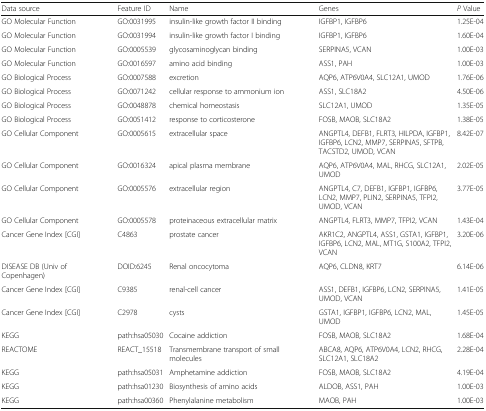
<table><thead><tr><td><b>Data source</b></td><td><b>Feature ID</b></td><td><b>Name</b></td><td><b>Genes</b></td><td><b><i>P</i> Value</b></td></tr></thead><tbody><tr><td>GO Molecular Function</td><td>GO:0031995</td><td>insulin-like growth factor II binding</td><td>IGFBP1, IGFBP6</td><td>1.25E-04</td></tr><tr><td>GO Molecular Function</td><td>GO:0031994</td><td>insulin-like growth factor I binding</td><td>IGFBP1, IGFBP6</td><td>1.60E-04</td></tr><tr><td>GO Molecular Function</td><td>GO:0005539</td><td>glycosaminoglycan binding</td><td>SERPINA5, VCAN</td><td>1.00E-03</td></tr><tr><td>GO Molecular Function</td><td>GO:0016597</td><td>amino acid binding</td><td>ASS1, PAH</td><td>1.00E-03</td></tr><tr><td>GO Biological Process</td><td>GO:0007588</td><td>excretion</td><td>AQP6, ATP6V0A4, SLC12A1, UMOD</td><td>1.76E-06</td></tr><tr><td>GO Biological Process</td><td>GO:0071242</td><td>cellular response to ammonium ion</td><td>ASS1, SLC18A2</td><td>4.50E-06</td></tr><tr><td>GO Biological Process</td><td>GO:0048878</td><td>chemical homeostasis</td><td>SLC12A1, UMOD</td><td>1.35E-05</td></tr><tr><td>GO Biological Process</td><td>GO:0051412</td><td>response to corticosterone</td><td>FOSB, MAOB, SLC18A2</td><td>1.38E-05</td></tr><tr><td>GO Cellular Component</td><td>GO:0005615</td><td>extracellular space</td><td>ANGPTL4, DEFB1, FLRT3, HILPDA, IGFBP1, IGFBP6, LCN2, MMP7, SERPINA5, SFTPB, TACSTD2, UMOD, VCAN</td><td>8.42E-07</td></tr><tr><td>GO Cellular Component</td><td>GO:0016324</td><td>apical plasma membrane</td><td>AQP6, ATP6V0A4, MAL, RHCG, SLC12A1, UMOD</td><td>2.02E-05</td></tr><tr><td>GO Cellular Component</td><td>GO:0005576</td><td>extracellular region</td><td>ANGPTL4, C7, DEFB1, IGFBP1, IGFBP6, LCN2, MMP7, PLIN2, SERPINA5, TFPI2, UMOD, VCAN</td><td>3.77E-05</td></tr><tr><td>GO Cellular Component</td><td>GO:0005578</td><td>proteinaceous extracellular matrix</td><td>ANGPTL4, FLRT3, MMP7, TFPI2, VCAN</td><td>1.43E-04</td></tr><tr><td>Cancer Gene Index [CGI]</td><td>C4863</td><td>prostate cancer</td><td>AKR1C2, ANGPTL4, ASS1, GSTA1, IGFBP1, IGFBP6, LCN2, MAL, MT1G, S100A2, TFPI2, VCAN</td><td>3.20E-06</td></tr><tr><td>DISEASE DB (Univ of Copenhagen)</td><td>DOID:6245</td><td>Renal oncocytoma</td><td>AQP6, CLDN8, KRT7</td><td>6.14E-06</td></tr><tr><td>Cancer Gene Index [CGI]</td><td>C9385</td><td>renal-cell cancer</td><td>ASS1, DEFB1, IGFBP6, LCN2, SERPINA5, UMOD, VCAN</td><td>1.41E-05</td></tr><tr><td>Cancer Gene Index [CGI]</td><td>C2978</td><td>cysts</td><td>GSTA1, IGFBP1, IGFBP6, LCN2, MAL, UMOD</td><td>1.45E-05</td></tr><tr><td>KEGG</td><td>path:hsa05030</td><td>Cocaine addiction</td><td>FOSB, MAOB, SLC18A2</td><td>1.68E-04</td></tr><tr><td>REACTOME</td><td>REACT_15518</td><td>Transmembrane transport of small molecules</td><td>ABCA8, AQP6, ATP6V0A4, LCN2, RHCG, SLC12A1, SLC18A2</td><td>2.28E-04</td></tr><tr><td>KEGG</td><td>path:hsa05031</td><td>Amphetamine addiction</td><td>FOSB, MAOB, SLC18A2</td><td>4.19E-04</td></tr><tr><td>KEGG</td><td>path:hsa01230</td><td>Biosynthesis of amino acids</td><td>ALDOB, ASS1, PAH</td><td>1.00E-03</td></tr><tr><td>KEGG</td><td>path:hsa00360</td><td>Phenylalanine metabolism</td><td>MAOB, PAH</td><td>1.00E-03</td></tr></tbody></table>